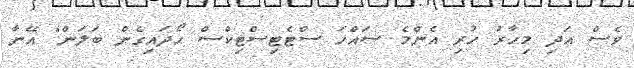
ވެސް އަދި މިހާރު ހުރި އެންމެ ސައްހަ ސްޓެޓިސްޓިކްސް ހޯދައިގެން ބަލަން" އޭނާ